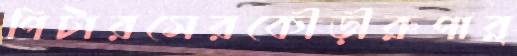
পিটারসেরকৌড়ীরুপার্